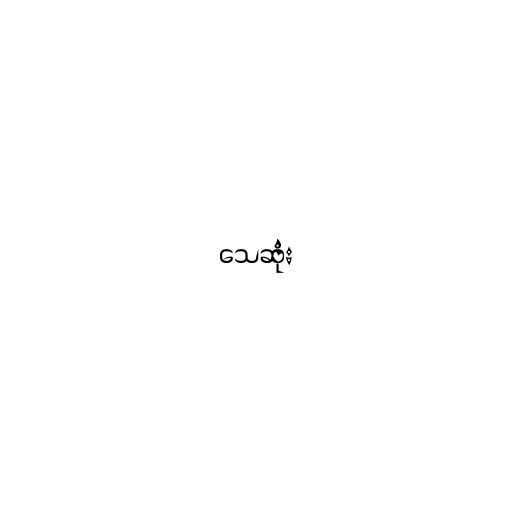
သေဆုံး